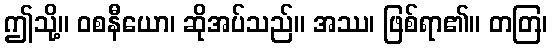
ဤသို့။ ဝစနီယော၊ ဆိုအပ်သည်။ အဿ၊ ဖြစ်ရာ၏။ တတြ၊